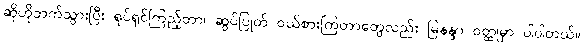
ဆိုဟိုဘက်သွားပြီး ရုပ်ရှင်ကြည့်တာ၊ ဆွပ်ပြုတ် ဝယ်စားကြတာတွေလည်း မြနန္ဒာ ဝတ္ထုမှာ ပါပါတယ်။